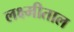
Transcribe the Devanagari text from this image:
लक्ष्मीताल